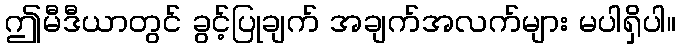
ဤမီဒီယာတွင် ခွင့်ပြုချက် အချက်အလက်များ မပါရှိပါ။